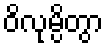
ဝိလုမ္ပိတွာ